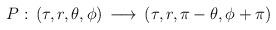
LaTeX: \begin{align*}{P: \,({\tau}, r, {\theta}, {\phi}) \,\longrightarrow\, ({\tau}, r, {\pi} - {\theta}, {\phi} + {\pi})}\end{align*}